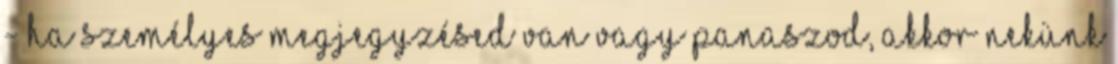
- ha személyes megjegyzésed van vagy panaszod, akkor nekünk